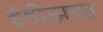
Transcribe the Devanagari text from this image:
इंडीझचा